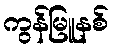
ကွန်မြူနစ်